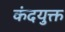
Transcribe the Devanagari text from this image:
कंदयुक्त